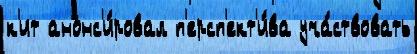
к'ит анонс'и́ровал п'ерсп'ект'и́ва уча́ствовать